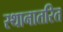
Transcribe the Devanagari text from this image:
स्थानातरित